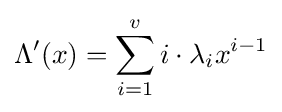
\Lambda '(x)=\sum _{i=1}^{v}i\cdot \lambda _{i}x^{i-1}